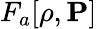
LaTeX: F_{a}[\rho,{\mathbf P}]